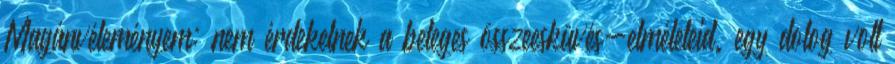
Magánvéleményem: nem érdekelnek a beteges összeesküvés-elméleteid. egy dolog volt